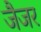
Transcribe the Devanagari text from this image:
जैजर